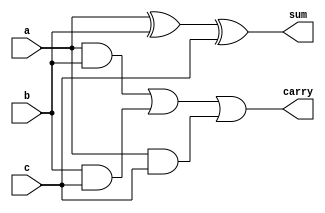
`timescale 1ns / 1ps
//////////////////////////////////////////////////////////////////////////////////
// Company: 
// Engineer: 
// 
// Design Name: 
// Module Name:    fa_bh 
// Project Name: 
// Target Devices: 
// Tool versions: 
// Description: 
//
// Dependencies: 
//
// Revision: 
// Revision 0.01 - File Created
// Additional Comments: 
//
//////////////////////////////////////////////////////////////////////////////////
module fa_bh(a,b,c,sum,carry);
	input a,b,c;
	output reg sum,carry;
	
	always@(*)
		begin
			sum<=a^b^c;
			carry<=(a&b | b&c | a&c);
		end

endmodule